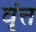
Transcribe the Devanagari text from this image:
वृंत्त